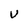
Character: U